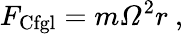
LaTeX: F_{\mathrm{Cfgl}}=m{\mathit{\Omega}}^{2}r\ ,